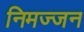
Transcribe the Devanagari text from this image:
निमज्‍जन